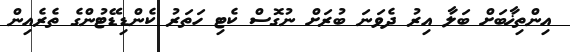
އިންތިޚާބަށް ބަލާ އިރު ދެވަނަ ބުރަށް ނުގޮސް ކެޓި ހަތަރު ކެންޑިޑޭޓުންގެ ތެރެއިން